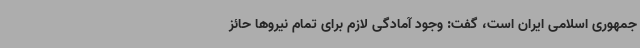
جمهوری اسلامی ایران است، گفت: وجود آمادگی لازم برای تمام نیروها حائز